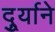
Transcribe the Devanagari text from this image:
दुर्र्याने